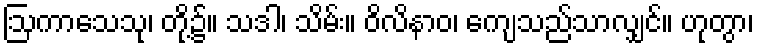
ဩကာသေသု၊ တို့၌။ သဒါ၊ သိမ်း။ ဝိလိနာဝ၊ ကျေသည်သာလျှင်။ ဟုတွာ၊